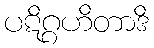
ပဋိဂ္ဂဟိတာဒိ